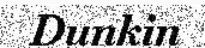
Dunkin